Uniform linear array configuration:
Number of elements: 64
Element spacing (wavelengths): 0.25
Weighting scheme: hann
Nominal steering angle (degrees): -45
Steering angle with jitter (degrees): -45.975
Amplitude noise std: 0.05
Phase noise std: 0.05

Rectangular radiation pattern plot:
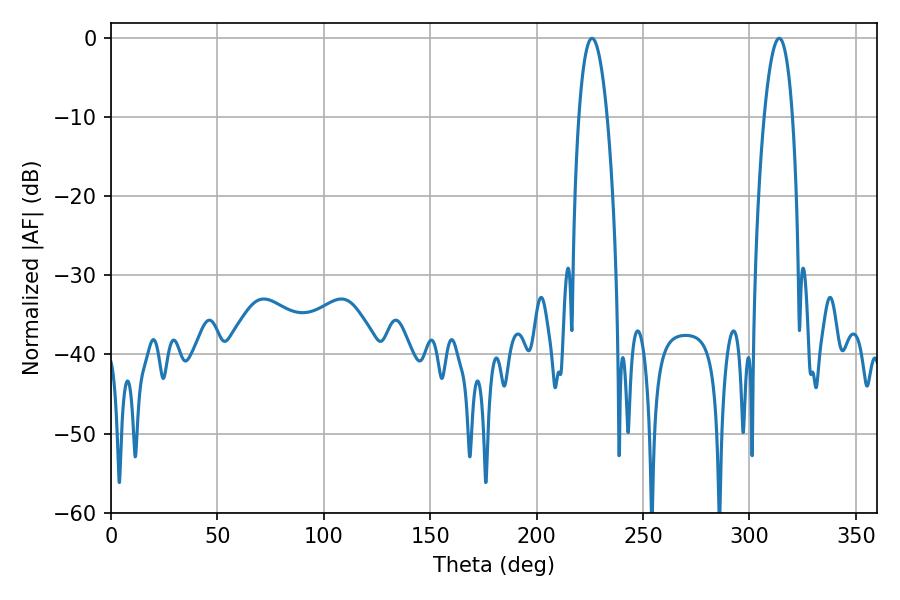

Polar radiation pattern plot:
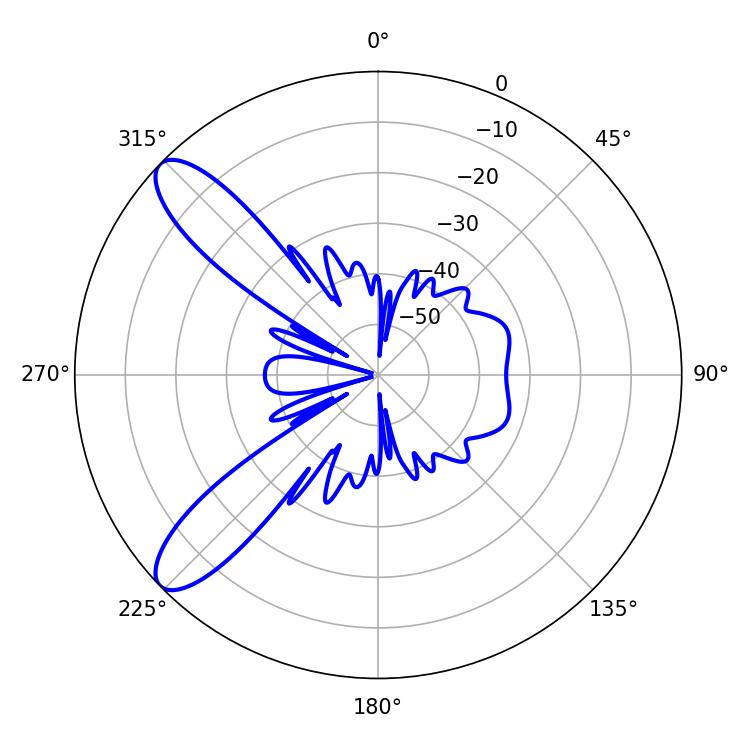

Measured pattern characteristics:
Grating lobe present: FALSE
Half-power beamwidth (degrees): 7.38
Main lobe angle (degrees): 226.08